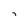
Character: D